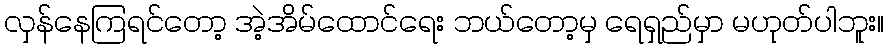
လှန်နေကြရင်တော့ အဲ့အိမ်ထောင်ရေး ဘယ်တော့မှ ရေရှည်မှာ မဟုတ်ပါဘူး။